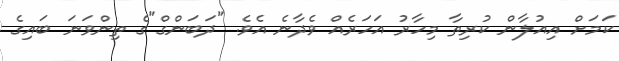
ކަމަށް އިއުލާން ކުރިތާ މިހާރު އަހަރެއް ވެދާނެ އެވެ. "ދަބަންގް"ގެ ތިންވަނަ ބައިގެ